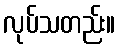
လုပ်သတည်း။